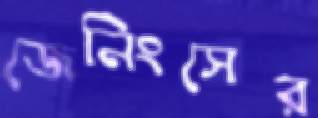
জেনিংসের